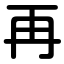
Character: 再